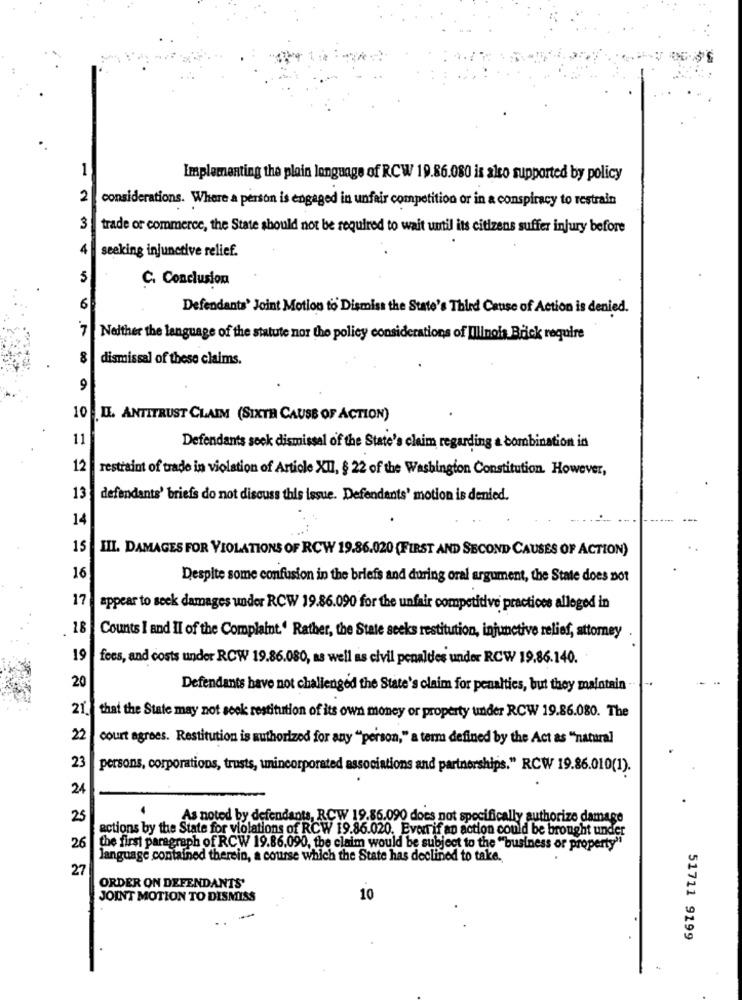
1
Implementing the plain language of RCW 19.86.080 is also supported by policy
2
considerations. Where a person is engaged in unfair competition or in a conspiracy to restrain
3.
trade or commerce, the State should not be required to wait until its citizens suffer injury before
4
seeking injunctive relief.
5
C. Conclusion
6
Defendants' Joint Motion to Dismiss the State's Third Cause of Action is denied.
Neither the language of the statute nor the policy considerations of Illinois Brick require
dismissal of these claims.
9
10 IL ANTITRUST CLAIM (SIXTH CAUSE OF ACTION)
11
Defendants seek dismissal of the State's claim regarding a combination in
12
restraint of trade in violation of Article XII, § 22 of the Washington Constitution. However,
13
defendants' briefs do not discuss this issue. Defendants' motion is denied.
14
15
III. DAMAGES FOR VIOLATIONS OF RCW 19.86.020 (FIRST AND SECOND CAUSES OF ACTION)
16
Despite some confusion in the briefs and during oral argument, the State does not
17
appear to seek damages under RCW 19.86.090 for the unfair competitive practices alleged in
18
Counts I and II of the Complaint.' Rather, the State seeks restitution, injunctive relief, attorney
19
fees, and costs under RCW 19.86.080, as well as civil penalties under RCW 19.86.140.
20
Defendants have not challenged the State's claim for penalties, but they maintain -
21.
that the State may not seek restitution of its own money or property under RCW 19.86.080. The
22
court agrees. Restitution is authorized for any "person," a term defined by the Act as "natural
23
persons, corporations, trusts, unincorporated associations and partnerships." RCW 19.86.010(1).
24
25
As noted by defendants, RCW 19.86.090 does not specifically authorize damage
actions by the State for violations of RCW 19.86.020. Even if an action could be brought under
26
the first paragraph of RCW 19.86.090, the claim would be subject to the ""business or property"
language contained therein, a course which the State has declined to take.
27
ORDER ON DEFENDANTS'
JOINT MOTION TO DISMISS
10
51711 9199